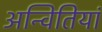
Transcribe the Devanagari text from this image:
अन्वितियां